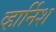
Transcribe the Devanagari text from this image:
व्हार्निश